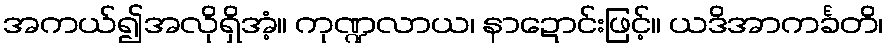
အကယ်၍အလိုရှိအံ့။ ကုဏ္ဍလာယ၊ နာဍောင်းဖြင့်။ ယဒိအာကင်္ခတိ၊